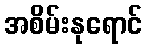
အစိမ်းနုရောင်